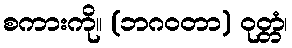
စကားကို။ (ဘဂဝတာ) ဝုတ္တံ၊